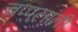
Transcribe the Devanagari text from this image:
चप्पलांनी